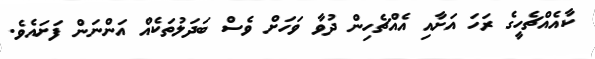
ކާއެއްޗެހީގެ ރަހަ އަށާއި އެއްޗެހިން ދުވާ ވަހަށް ވެސް ބަދަލުތަކެއް އަންނަން ފަށައެވެ.